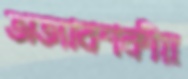
অত্যাবশকীয়